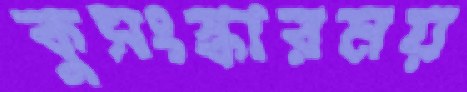
কুসংস্কারময়